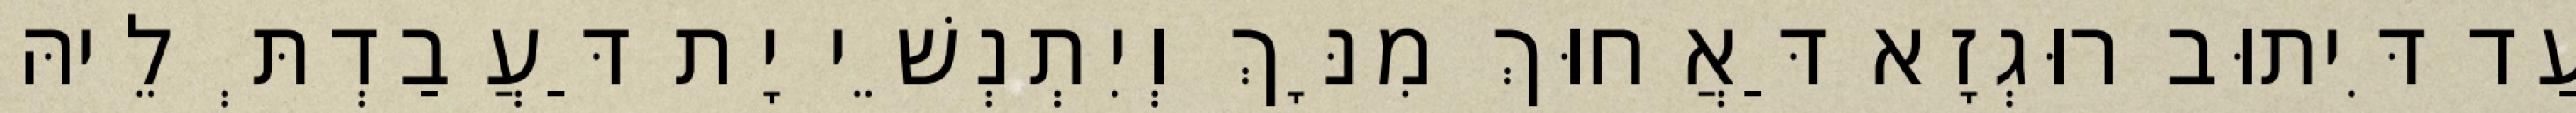
עַד דִּיתוּב רוּגְזָא דַּאֲחוּךְ מִנָּךְ וְיִתְנְשֵׁי יָת דַּעֲבַדְתְּ לֵיהּ